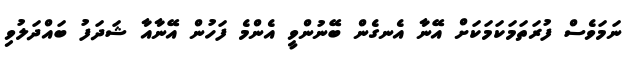
ނަމަވެސް ފުރަތަމަކަމަކަށް އޭނާ އެނގެން ބޭނުންވީ އެންމެ ފަހުން އޭނާއާ ޝަދަފު ބައްދަލުވި